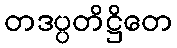
တဒပ္ပတိဋ္ဌိတေ